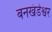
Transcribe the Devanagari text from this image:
बनखंडेश्वर